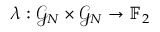
\lambda : \mathcal { G } _ { N } \times \mathcal { G } _ { N } \to \mathbb { F } _ { 2 }